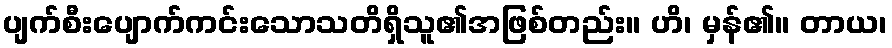
ပျက်စီးပျောက်ကင်းသောသတိရှိသူ၏အဖြစ်တည်း။ ဟိ၊ မှန်၏။ တာယ၊